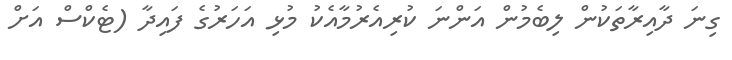
ގިނަ ދާއިރާތަކުން ލިބެމުން އަންނަ ކުރިއެރުމާއެކު މުޅި އަހަރުގެ ފައިދާ (ޓެކްސް އަށް